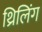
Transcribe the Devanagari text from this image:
थ्रिलिंग